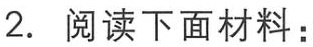
2. 阅读下面材料：